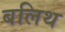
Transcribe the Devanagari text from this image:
बलिथ